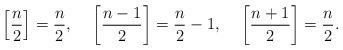
LaTeX: \begin{align*}\left[\dfrac{n}{2}\right]=\dfrac{n}{2}, ~~~ \left[\dfrac{n-1}{2}\right]=\dfrac{n}{2}-1, ~~~ \left[\dfrac{n+1}{2}\right]=\dfrac{n}{2}.\end{align*}